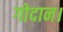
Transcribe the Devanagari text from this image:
गोदान।